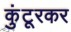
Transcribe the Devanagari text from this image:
कुंटूरकर